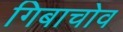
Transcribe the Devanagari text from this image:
गिबाचोव